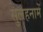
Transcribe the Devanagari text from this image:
सुलहनामें